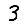
Digit: 3